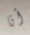
أنا